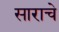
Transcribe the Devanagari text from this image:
साराचे